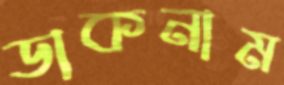
ডাকনাম